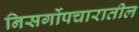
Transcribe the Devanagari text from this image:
निसर्गोपचारातील